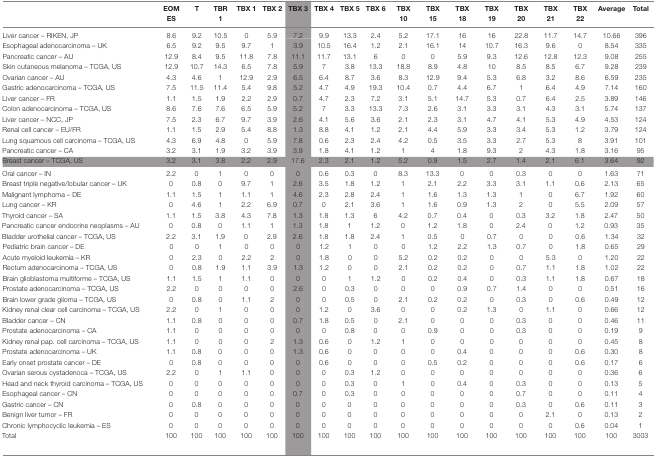
<table><thead><tr><td></td><td><b>EOM ES</b></td><td><b>T</b></td><td><b>TBR 1</b></td><td><b>TBX 1</b></td><td><b>TBX 2</b></td><td><b>TBX 3</b></td><td><b>TBX 4</b></td><td><b>TBX 5</b></td><td><b>TBX 6</b></td><td><b>TBX 10</b></td><td><b>TBX 15</b></td><td><b>TBX 18</b></td><td><b>TBX 19</b></td><td><b>TBX 20</b></td><td><b>TBX 21</b></td><td><b>TBX 22</b></td><td><b>Average</b></td><td><b>Total</b></td></tr></thead><tbody><tr><td>Liver cancer – RIKEN, JP</td><td>8.6</td><td>9.2</td><td>10.5</td><td>0</td><td>5.9</td><td>7.2</td><td>9.9</td><td>13.3</td><td>2.4</td><td>5.2</td><td>17.1</td><td>16</td><td>16</td><td>22.8</td><td>11.7</td><td>14.7</td><td>10.66</td><td>396</td></tr><tr><td>Esophageal adenocarcinoma – UK</td><td>6.5</td><td>9.2</td><td>9.5</td><td>9.7</td><td>1</td><td>3.9</td><td>10.5</td><td>16.4</td><td>1.2</td><td>2.1</td><td>16.1</td><td>14</td><td>10.7</td><td>16.3</td><td>9.6</td><td>0</td><td>8.54</td><td>335</td></tr><tr><td>Pancreatic cancer – AU</td><td>12.9</td><td>8.4</td><td>9.5</td><td>11.8</td><td>7.8</td><td>11.1</td><td>11.7</td><td>13.1</td><td>6</td><td>0</td><td>0</td><td>5.9</td><td>9.3</td><td>12.6</td><td>12.8</td><td>12.3</td><td>9.08</td><td>255</td></tr><tr><td>Skin cutaneous melanoma – TCGA, US</td><td>12.9</td><td>10.7</td><td>14.3</td><td>6.5</td><td>7.8</td><td>5.9</td><td>7</td><td>3.8</td><td>13.3</td><td>18.8</td><td>8.9</td><td>4.8</td><td>10</td><td>8.5</td><td>8.5</td><td>6.7</td><td>9.28</td><td>239</td></tr><tr><td>Ovarian cancer – AU</td><td>4.3</td><td>4.6</td><td>1</td><td>12.9</td><td>2.9</td><td>6.5</td><td>6.4</td><td>8.7</td><td>3.6</td><td>8.3</td><td>12.9</td><td>9.4</td><td>5.3</td><td>6.8</td><td>3.2</td><td>8.6</td><td>6.59</td><td>235</td></tr><tr><td>Gastric adenocarcinoma – TCGA, US</td><td>7.5</td><td>11.5</td><td>11.4</td><td>5.4</td><td>9.8</td><td>5.2</td><td>4.7</td><td>4.9</td><td>19.3</td><td>10.4</td><td>0.7</td><td>4.4</td><td>6.7</td><td>1</td><td>6.4</td><td>4.9</td><td>7.14</td><td>160</td></tr><tr><td>Liver cancer – FR</td><td>1.1</td><td>1.5</td><td>1.9</td><td>2.2</td><td>2.9</td><td>0.7</td><td>4.7</td><td>2.3</td><td>7.2</td><td>3.1</td><td>5.1</td><td>14.7</td><td>5.3</td><td>0.7</td><td>6.4</td><td>2.5</td><td>3.89</td><td>146</td></tr><tr><td>Colon adenocarcinoma – TCGA, US</td><td>8.6</td><td>7.6</td><td>7.6</td><td>6.5</td><td>5.9</td><td>5.2</td><td>7</td><td>3.3</td><td>13.3</td><td>7.3</td><td>2.6</td><td>3.1</td><td>3.3</td><td>3.1</td><td>4.3</td><td>3.1</td><td>5.74</td><td>137</td></tr><tr><td>Liver cancer – NCC, JP</td><td>7.5</td><td>2.3</td><td>6.7</td><td>9.7</td><td>3.9</td><td>2.6</td><td>4.1</td><td>5.6</td><td>3.6</td><td>2.1</td><td>2.3</td><td>3.1</td><td>4.7</td><td>4.1</td><td>5.3</td><td>4.9</td><td>4.53</td><td>124</td></tr><tr><td>Renal cell cancer – EU/FR</td><td>1.1</td><td>1.5</td><td>2.9</td><td>5.4</td><td>8.8</td><td>1.3</td><td>8.8</td><td>4.1</td><td>1.2</td><td>2.1</td><td>4.4</td><td>5.9</td><td>3.3</td><td>3.4</td><td>5.3</td><td>1.2</td><td>3.79</td><td>124</td></tr><tr><td>Lung squamous cell carcinoma – TCGA, US</td><td>4.3</td><td>6.9</td><td>4.8</td><td>0</td><td>5.9</td><td>7.8</td><td>0.6</td><td>2.3</td><td>2.4</td><td>4.2</td><td>0.5</td><td>3.5</td><td>3.3</td><td>2.7</td><td>5.3</td><td>8</td><td>3.91</td><td>101</td></tr><tr><td>Pancreatic cancer – CA</td><td>3.2</td><td>3.1</td><td>1.9</td><td>3.2</td><td>3.9</td><td>3.9</td><td>1.8</td><td>4.1</td><td>1.2</td><td>1</td><td>4</td><td>1.8</td><td>9.3</td><td>2</td><td>4.3</td><td>1.8</td><td>3.16</td><td>95</td></tr><tr><td>Breast cancer – TCGA, US</td><td>3.2</td><td>3.1</td><td>3.8</td><td>2.2</td><td>2.9</td><td>17.6</td><td>2.3</td><td>2.1</td><td>1.2</td><td>5.2</td><td>0.9</td><td>1.5</td><td>2.7</td><td>1.4</td><td>2.1</td><td>6.1</td><td>3.64</td><td>92</td></tr><tr><td>Oral cancer – IN</td><td>2.2</td><td>0</td><td>1</td><td>0</td><td>0</td><td>0</td><td>0.6</td><td>0.3</td><td>0</td><td>8.3</td><td>13.3</td><td>0</td><td>0</td><td>0.3</td><td>0</td><td>0</td><td>1.63</td><td>71</td></tr><tr><td>Breast triple negative/lobular cancer – UK</td><td>0</td><td>0.8</td><td>0</td><td>9.7</td><td>1</td><td>2.6</td><td>3.5</td><td>1.8</td><td>1.2</td><td>1</td><td>2.1</td><td>2.2</td><td>3.3</td><td>3.1</td><td>1.1</td><td>0.6</td><td>2.13</td><td>65</td></tr><tr><td>Malignant lymphoma – DE</td><td>1.1</td><td>1.5</td><td>1</td><td>1.1</td><td>1</td><td>4.6</td><td>2.3</td><td>2.8</td><td>2.4</td><td>1</td><td>1.6</td><td>1.3</td><td>1.3</td><td>1</td><td>0</td><td>6.7</td><td>1.92</td><td>60</td></tr><tr><td>Lung cancer – KR</td><td>0</td><td>4.6</td><td>1</td><td>2.2</td><td>6.9</td><td>0.7</td><td>0</td><td>2.1</td><td>3.6</td><td>1</td><td>1.6</td><td>0.9</td><td>1.3</td><td>2</td><td>0</td><td>5.5</td><td>2.09</td><td>57</td></tr><tr><td>Thyroid cancer – SA</td><td>1.1</td><td>1.5</td><td>3.8</td><td>4.3</td><td>7.8</td><td>1.3</td><td>1.8</td><td>1.3</td><td>6</td><td>4.2</td><td>0.7</td><td>0.4</td><td>0</td><td>0.3</td><td>3.2</td><td>1.8</td><td>2.47</td><td>50</td></tr><tr><td>Pancreatic cancer endocrine neoplasms – AU</td><td>0</td><td>0.8</td><td>0</td><td>1.1</td><td>1</td><td>1.3</td><td>1.8</td><td>1</td><td>1.2</td><td>0</td><td>1.2</td><td>1.8</td><td>0</td><td>2.4</td><td>0</td><td>1.2</td><td>0.93</td><td>35</td></tr><tr><td>Bladder urothelial cancer – TCGA, US</td><td>2.2</td><td>3.1</td><td>1.9</td><td>0</td><td>2.9</td><td>2.6</td><td>1.8</td><td>1.8</td><td>2.4</td><td>1</td><td>0.5</td><td>0</td><td>0.7</td><td>0</td><td>0</td><td>0.6</td><td>1.34</td><td>32</td></tr><tr><td>Pediatric brain cancer – DE</td><td>0</td><td>0</td><td>1</td><td>0</td><td>0</td><td>0</td><td>1.2</td><td>1</td><td>0</td><td>0</td><td>1.2</td><td>2.2</td><td>1.3</td><td>0.7</td><td>0</td><td>1.8</td><td>0.65</td><td>29</td></tr><tr><td>Acute myeloid leukemia – KR</td><td>0</td><td>2.3</td><td>0</td><td>2.2</td><td>2</td><td>0</td><td>1.8</td><td>0</td><td>0</td><td>5.2</td><td>0.2</td><td>0.2</td><td>0</td><td>0</td><td>5.3</td><td>0</td><td>1.20</td><td>22</td></tr><tr><td>Rectum adenocarcinoma – TCGA, US</td><td>0</td><td>0.8</td><td>1.9</td><td>1.1</td><td>3.9</td><td>1.3</td><td>1.2</td><td>0</td><td>0</td><td>2.1</td><td>0.2</td><td>0.2</td><td>0</td><td>0.7</td><td>1.1</td><td>1.8</td><td>1.02</td><td>22</td></tr><tr><td>Brain glioblastoma multiforme – TCGA, US</td><td>1.1</td><td>1.5</td><td>1</td><td>1.1</td><td>0</td><td>0</td><td>0</td><td>1</td><td>1.2</td><td>0</td><td>0.2</td><td>0.4</td><td>0</td><td>0.3</td><td>1.1</td><td>1.8</td><td>0.67</td><td>18</td></tr><tr><td>Prostate adenocarcinoma – TCGA, US</td><td>2.2</td><td>0</td><td>0</td><td>0</td><td>0</td><td>2.6</td><td>0</td><td>0.3</td><td>0</td><td>0</td><td>0</td><td>0.9</td><td>0.7</td><td>1.4</td><td>0</td><td>0</td><td>0.51</td><td>16</td></tr><tr><td>Brain lower grade glioma – TCGA, US</td><td>0</td><td>0.8</td><td>0</td><td>1.1</td><td>2</td><td>0</td><td>0</td><td>0.5</td><td>0</td><td>2.1</td><td>0.2</td><td>0.2</td><td>0</td><td>0.3</td><td>0</td><td>0.6</td><td>0.49</td><td>12</td></tr><tr><td>Kidney renal clear cell carcinoma – TCGA, US</td><td>2.2</td><td>0</td><td>1</td><td>0</td><td>0</td><td>0</td><td>1.2</td><td>0</td><td>3.6</td><td>0</td><td>0</td><td>0.2</td><td>1.3</td><td>0</td><td>1.1</td><td>0</td><td>0.66</td><td>12</td></tr><tr><td>Bladder cancer – CN</td><td>1.1</td><td>0.8</td><td>0</td><td>0</td><td>0</td><td>0.7</td><td>1.8</td><td>0.5</td><td>0</td><td>2.1</td><td>0</td><td>0</td><td>0</td><td>0.3</td><td>0</td><td>0</td><td>0.46</td><td>11</td></tr><tr><td>Prostate adenocarcinoma – CA</td><td>1.1</td><td>0</td><td>0</td><td>0</td><td>0</td><td>0</td><td>0</td><td>0.8</td><td>0</td><td>0</td><td>0.9</td><td>0</td><td>0</td><td>0.3</td><td>0</td><td>0</td><td>0.19</td><td>9</td></tr><tr><td>Kidney renal pap. cell carcinoma – TCGA, US</td><td>1.1</td><td>0</td><td>0</td><td>0</td><td>2</td><td>1.3</td><td>0.6</td><td>0</td><td>1.2</td><td>1</td><td>0</td><td>0</td><td>0</td><td>0</td><td>0</td><td>0</td><td>0.45</td><td>8</td></tr><tr><td>Prostate adenocarcinoma – UK</td><td>1.1</td><td>0.8</td><td>0</td><td>0</td><td>0</td><td>1.3</td><td>0.6</td><td>0</td><td>0</td><td>0</td><td>0</td><td>0.4</td><td>0</td><td>0</td><td>0</td><td>0.6</td><td>0.30</td><td>8</td></tr><tr><td>Early onset prostate cancer – DE</td><td>0</td><td>0.8</td><td>0</td><td>0</td><td>0</td><td>0</td><td>0.6</td><td>0</td><td>0</td><td>0</td><td>0.5</td><td>0.2</td><td>0</td><td>0</td><td>0</td><td>0.6</td><td>0.17</td><td>6</td></tr><tr><td>Ovarian serous cystadenoca – TCGA, US</td><td>2.2</td><td>0</td><td>1</td><td>1.1</td><td>0</td><td>0</td><td>0</td><td>0.3</td><td>1.2</td><td>0</td><td>0</td><td>0</td><td>0</td><td>0</td><td>0</td><td>0</td><td>0.36</td><td>6</td></tr><tr><td>Head and neck thyroid carcinoma – TCGA, US</td><td>0</td><td>0</td><td>0</td><td>0</td><td>0</td><td>0</td><td>0</td><td>0.3</td><td>0</td><td>1</td><td>0</td><td>0.4</td><td>0</td><td>0.3</td><td>0</td><td>0</td><td>0.13</td><td>5</td></tr><tr><td>Esophageal cancer – CN</td><td>0</td><td>0</td><td>0</td><td>0</td><td>0</td><td>0.7</td><td>0</td><td>0.3</td><td>0</td><td>0</td><td>0</td><td>0</td><td>0</td><td>0.7</td><td>0</td><td>0</td><td>0.11</td><td>4</td></tr><tr><td>Gastric cancer – CN</td><td>0</td><td>0.8</td><td>0</td><td>0</td><td>0</td><td>0</td><td>0</td><td>0</td><td>0</td><td>0</td><td>0</td><td>0</td><td>0</td><td>0.3</td><td>0</td><td>0.6</td><td>0.11</td><td>3</td></tr><tr><td>Benign liver tumor – FR</td><td>0</td><td>0</td><td>0</td><td>0</td><td>0</td><td>0</td><td>0</td><td>0</td><td>0</td><td>0</td><td>0</td><td>0</td><td>0</td><td>0</td><td>2.1</td><td>0</td><td>0.13</td><td>2</td></tr><tr><td>Chronic lymphocyclic leukemia – ES</td><td>0</td><td>0</td><td>0</td><td>0</td><td>0</td><td>0</td><td>0</td><td>0</td><td>0</td><td>0</td><td>0</td><td>0</td><td>0</td><td>0</td><td>0</td><td>0.6</td><td>0.04</td><td>1</td></tr><tr><td>Total</td><td>100</td><td>100</td><td>100</td><td>100</td><td>100</td><td>100</td><td>100</td><td>100</td><td>100</td><td>100</td><td>100</td><td>100</td><td>100</td><td>100</td><td>100</td><td>100</td><td>100</td><td>3003</td></tr></tbody></table>